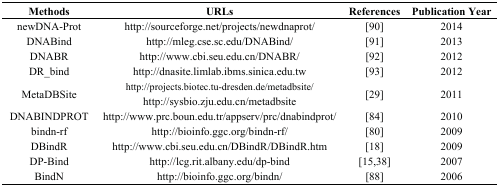
| Methods | URLs | References | Publication Year |
 | --- | --- | --- | --- |
 | newDNA-Prot | http://sourceforge.net/projects/newdnaprot/ | [90] | 2014 |
 | DNABind | http://mleg.cse.sc.edu/DNABind/ | [91] | 2013 |
 | DNABR | http://www.cbi.seu.edu.cn/DNABR/ | [92] | 2012 |
 | DR_bind | http://dnasite.limlab.ibms.sinica.edu.tw | [93] | 2012 |
 | MetaDBSite | http://projects.biotec.tu-dresden.de/metadbsite/http://sysbio.zju.edu.cn/metadbsite | [29] | 2011 |
 | DNABINDPROT | http://www.prc.boun.edu.tr/appserv/prc/dnabindprot/ | [84] | 2010 |
 | bindn-rf | http://bioinfo.ggc.org/bindn-rf/ | [80] | 2009 |
 | DBindR | http://www.cbi.seu.edu.cn/DBindR/DBindR.htm | [18] | 2009 |
 | DP-Bind | http://lcg.rit.albany.edu/dp-bind | [15,38] | 2007 |
 | BindN | http://bioinfo.ggc.org/bindn/ | [88] | 2006 |